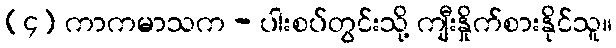
(၄) ကာကမာသက - ပါးစပ်တွင်းသို့ ကျီးနှိုက်စားနိုင်သူ။